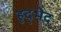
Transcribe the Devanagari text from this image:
हृद्भेद